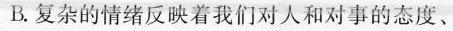
B.复杂的情绪反映着我们对人和对事的态度、